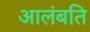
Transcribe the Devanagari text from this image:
आलंबति